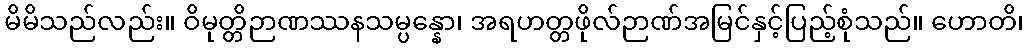
မိမိသည်လည်း။ ဝိမုတ္တိဉာဏဿနသမ္ပန္နော၊ အရဟတ္တဖိုလ်ဉာဏ်အမြင်နှင့်ပြည့်စုံသည်။ ဟောတိ၊